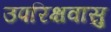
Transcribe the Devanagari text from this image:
उपरिक्षवासु